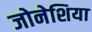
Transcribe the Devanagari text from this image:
जोनेशिया